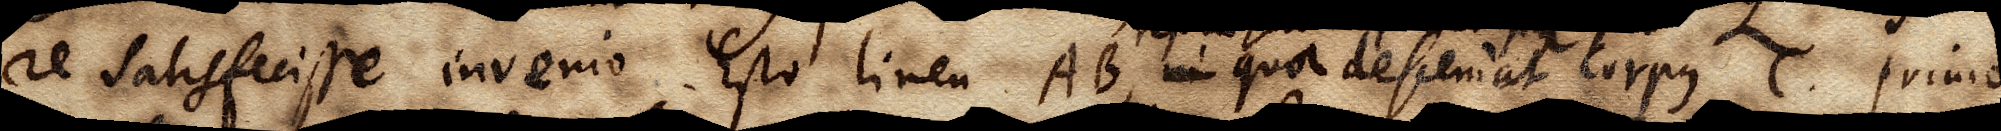
re satisfecisse invenio. Esto linea AB, in qua descendat corpus C. primo